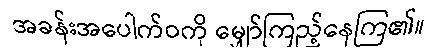
အခန်းအပေါက်ဝကို မျှော်ကြည့်နေကြ၏။